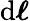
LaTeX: \mathrm{d}{\boldsymbol{\ell}}